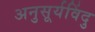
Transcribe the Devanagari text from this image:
अनुसूर्यविंदु